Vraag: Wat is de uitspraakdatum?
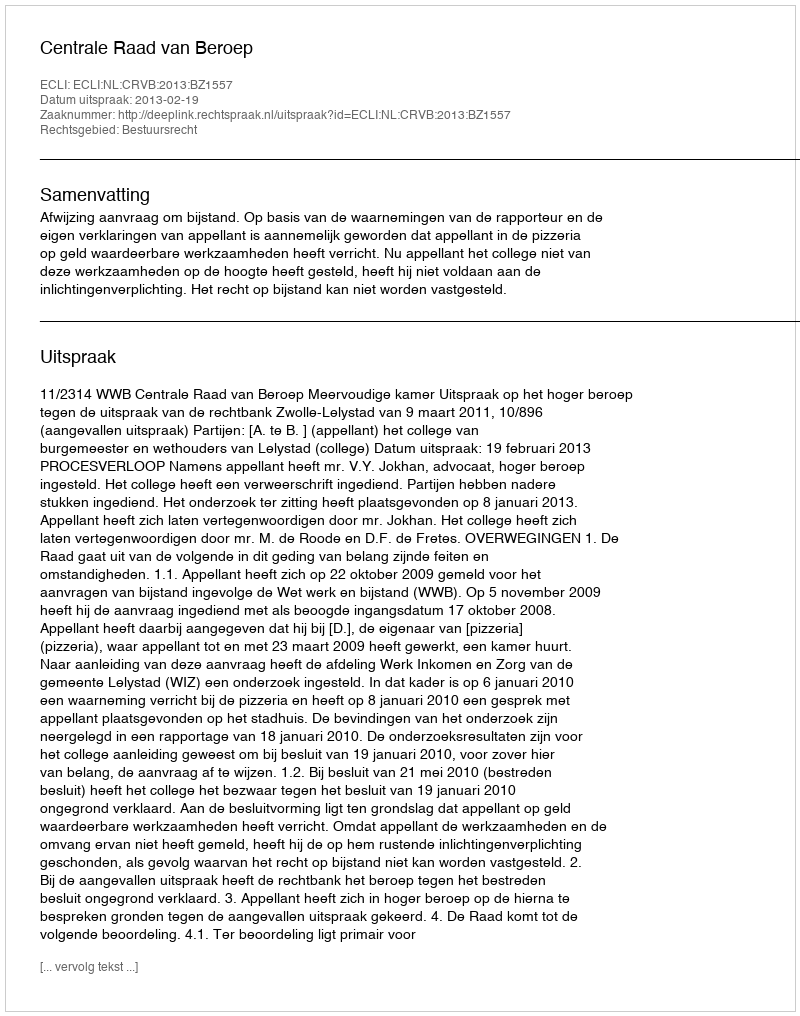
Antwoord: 2013-02-19